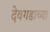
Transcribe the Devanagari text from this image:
देवगडाच्या